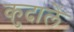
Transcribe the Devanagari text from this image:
कुदालें